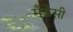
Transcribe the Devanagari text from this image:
मँडेसी